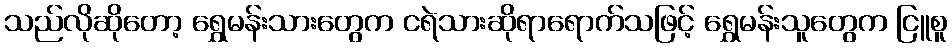
သည်လိုဆိုတော့ ရွှေမန်းသားတွေက ငရဲသားဆိုရာရောက်သဖြင့် ရွှေမန်းသူတွေက ငြူစူ